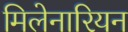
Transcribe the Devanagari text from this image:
मिलेनारियन